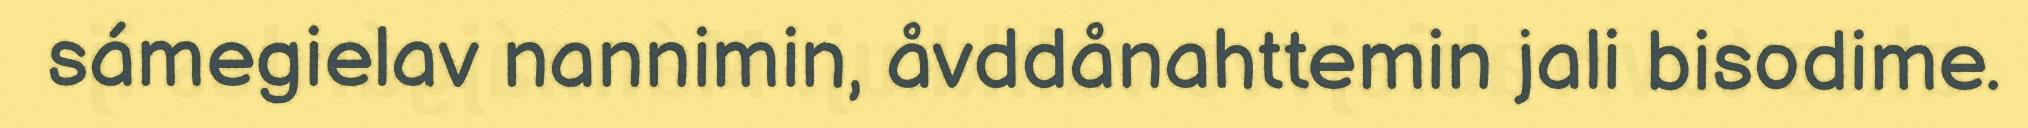
sámegielav nannimin, åvddånahttemin jali bisodime.